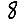
Digit: 8